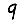
Digit: 9